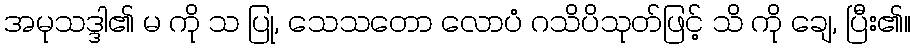
အမုသဒ္ဒါ၏ မ ကို သ ပြု, သေသတော လောပံ ဂသိပိသုတ်ဖြင့် သိ ကို ချေ, ပြီး၏။